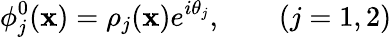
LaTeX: \phi_{j}^{0}(\mathbf{x})=\rho_{j}(\mathbf{x}){e}^{i\theta_{j}},\qquad(j=1,2)